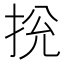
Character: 𢬁